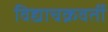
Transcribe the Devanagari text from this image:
विद्याचक्रवर्ती